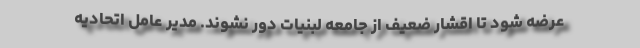
عرضه شود تا اقشار ضعیف از جامعه لبنیات دور نشوند. مدیر عامل اتحادیه